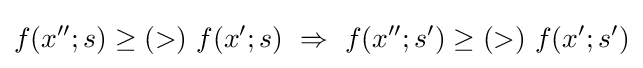
f(x'';s)\geq (>)\ f(x';s)\ \Rightarrow \ f(x'';s')\geq (>)\ f(x';s')